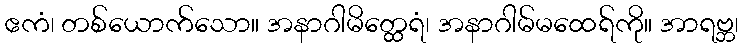
ဧကံ၊ တစ်ယောက်သော။ အနာဂါမိတ္ထေရံ၊ အနာဂါမ်မထေရ်ကို။ အာရဗ္ဘ၊